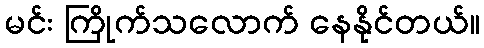
မင်း ကြိုက်သလောက် နေနိုင်တယ်။